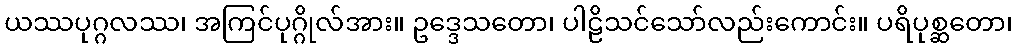
ယဿပုဂ္ဂလဿ၊ အကြင်ပုဂ္ဂိုလ်အား။ ဥဒ္ဒေသတော၊ ပါဠိသင်သော်လည်းကောင်း။ ပရိပုစ္ဆတော၊